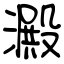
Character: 澱